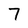
Character: 7